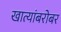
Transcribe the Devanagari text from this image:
खात्यांबरोबर